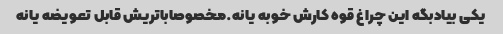
یکی بیادبگه این چراغ قوه کارش خوبه یانه.مخصوصاباتریش قابل تعویضه یانه